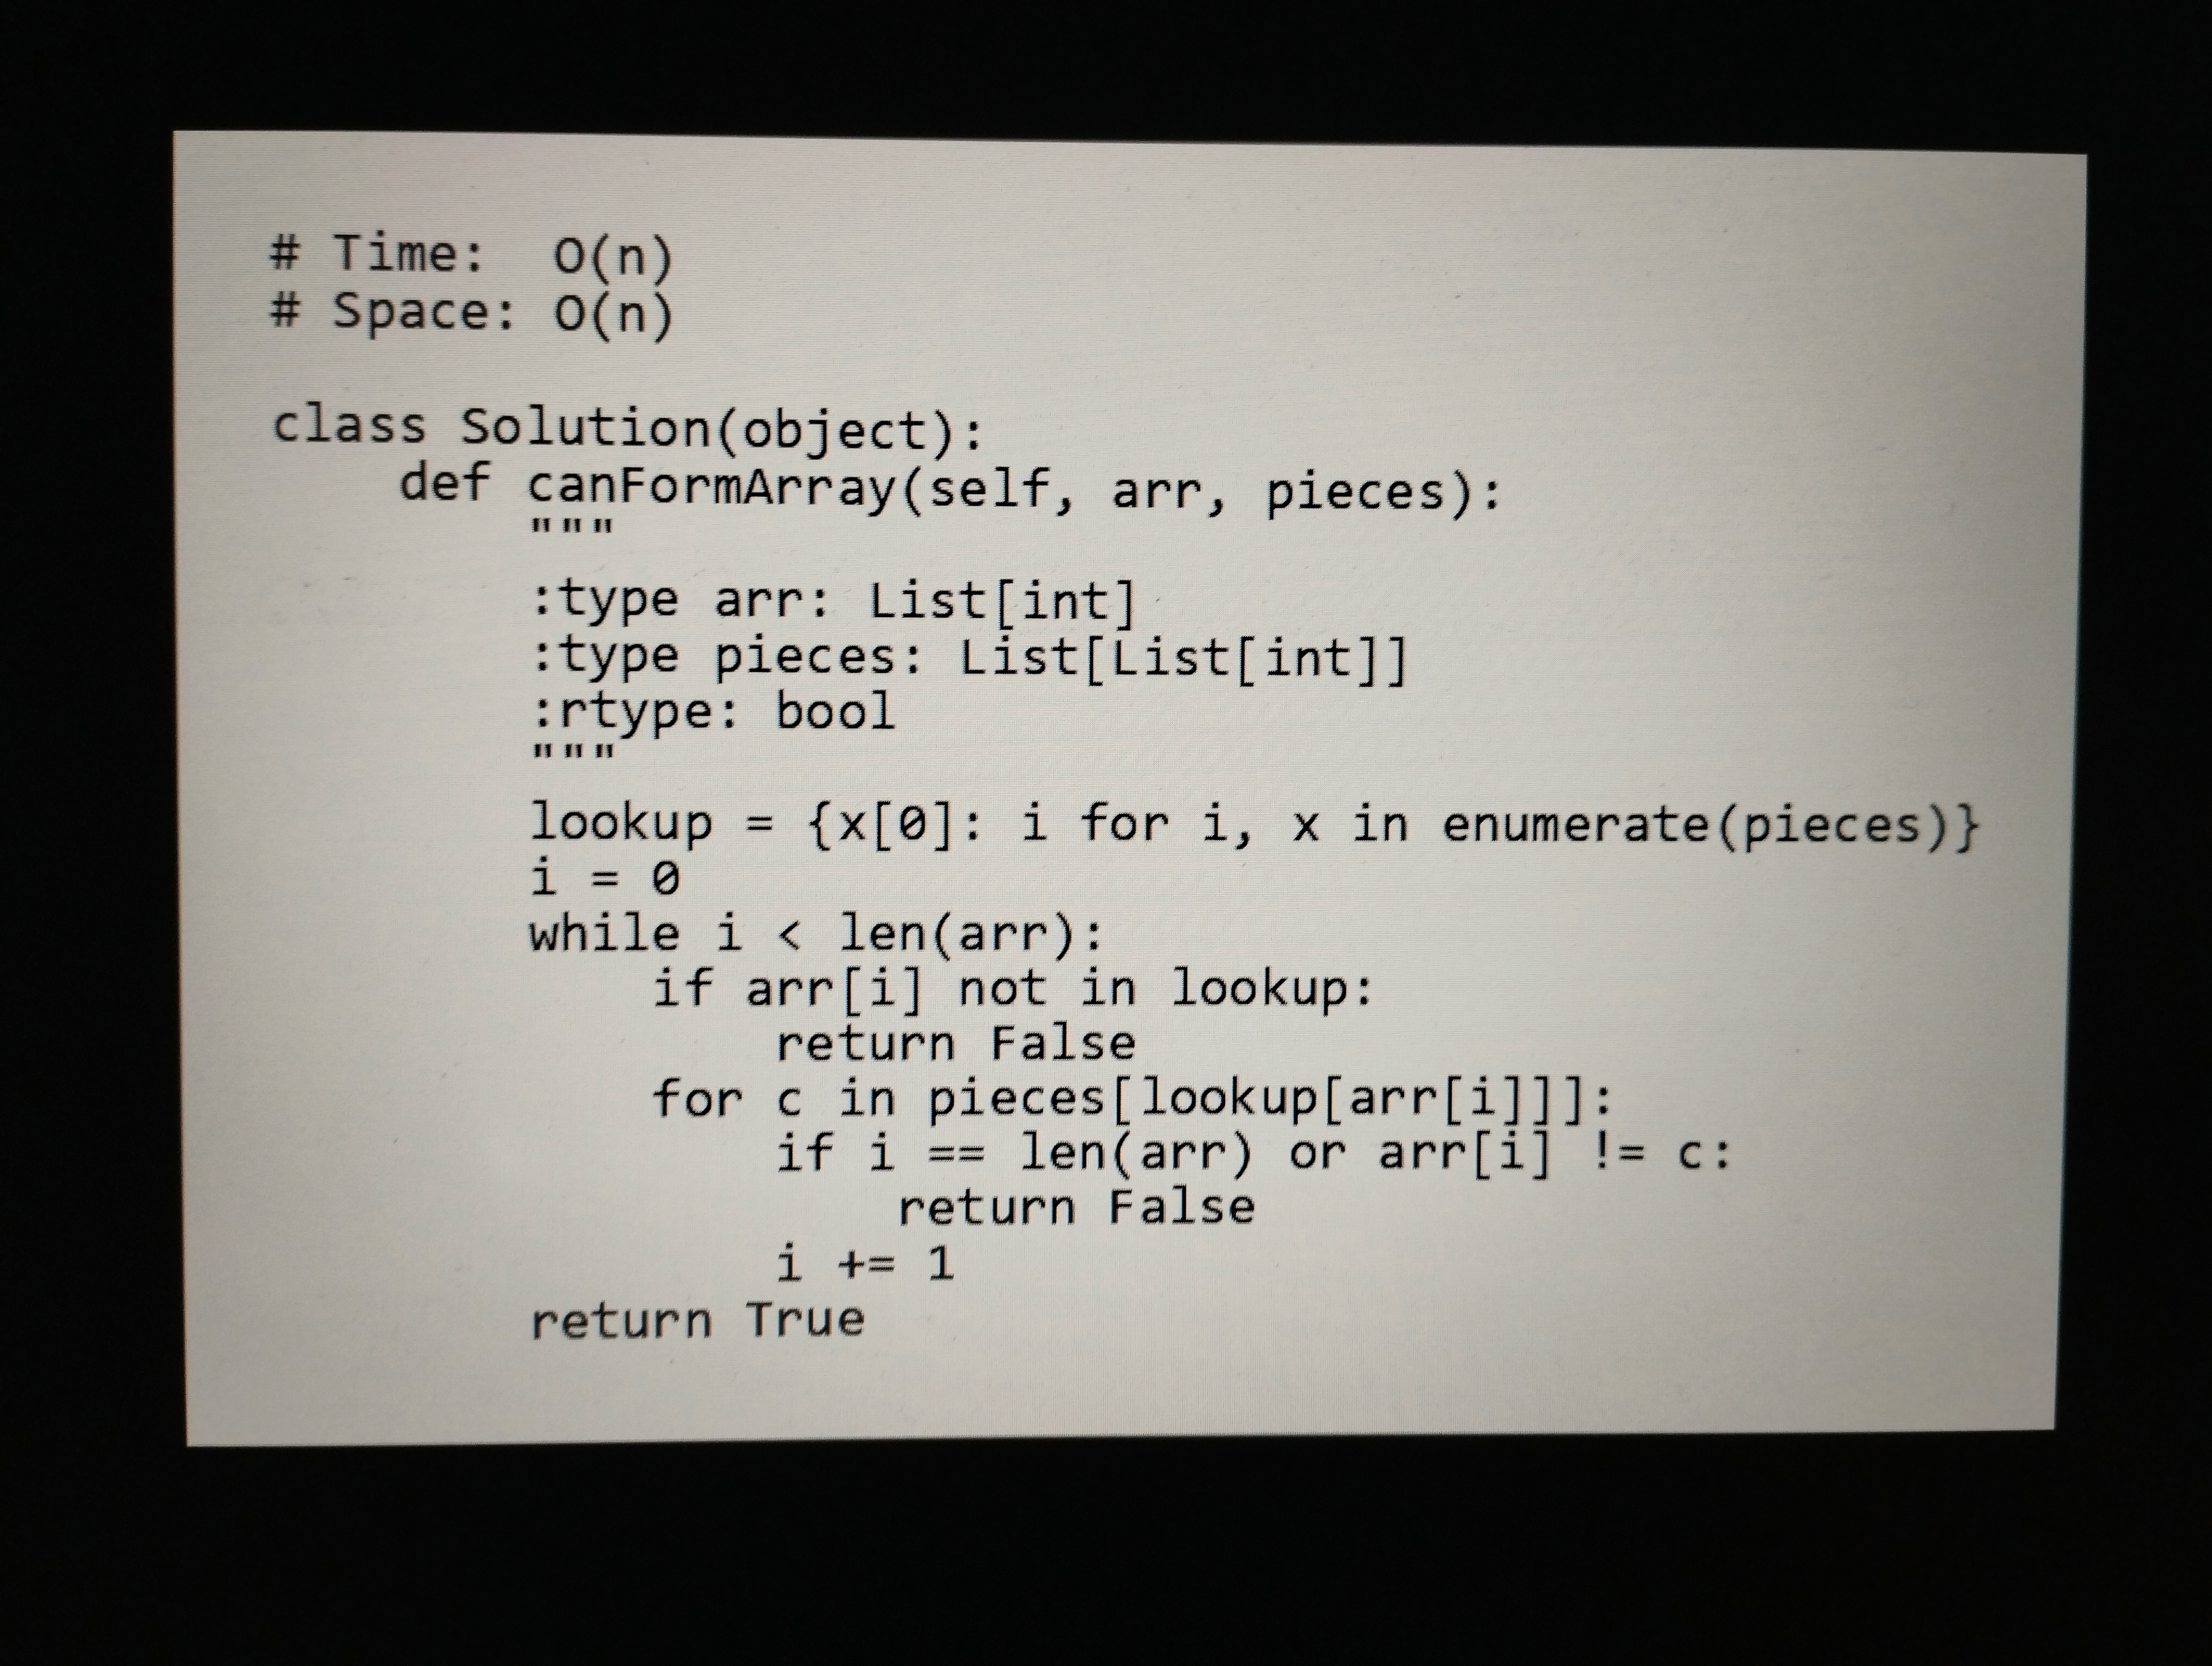
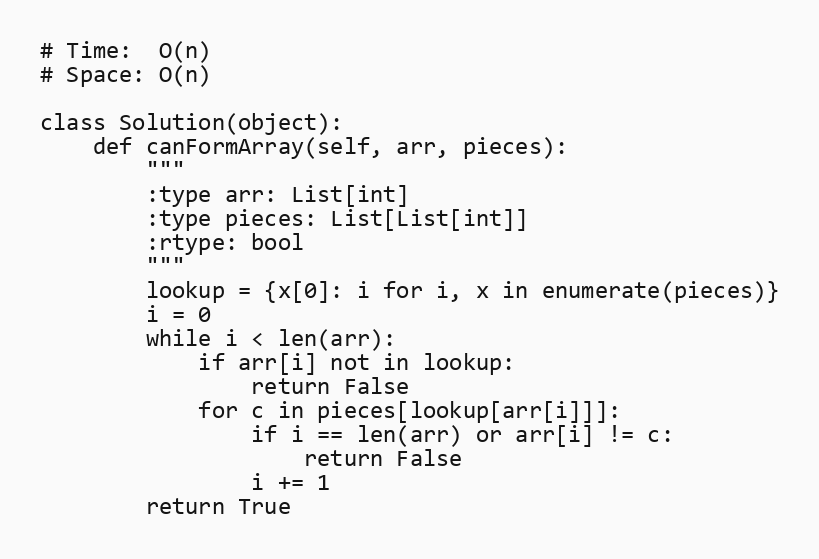
# Time:  O(n)
# Space: O(n)

class Solution(object):
    def canFormArray(self, arr, pieces):
        """
        :type arr: List[int]
        :type pieces: List[List[int]]
        :rtype: bool
        """
        lookup = {x[0]: i for i, x in enumerate(pieces)}
        i = 0
        while i < len(arr):
            if arr[i] not in lookup:
                return False
            for c in pieces[lookup[arr[i]]]:
                if i == len(arr) or arr[i] != c:
                    return False
                i += 1
        return True